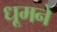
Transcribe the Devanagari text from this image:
धूमने